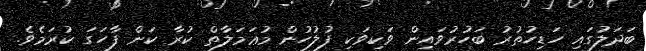
ބަދަލުގައި ހަޑިހުތުރު ބަހުރުވައިން ވަކިވަކި ފުލުހުން މުޢަމަލާތް ކުރާ ކަން ފާހަގަ ކުރަމެވެ.